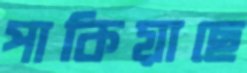
পাকিয়াছে